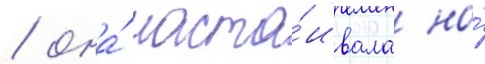
/ она́ наста́ивала на́